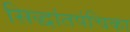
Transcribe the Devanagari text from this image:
सिद्धांतपंचिका